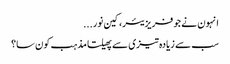
انہون نے جو فریزیئر، کین نور...
سب سے زیادہ تیزی سے پھیلتا مذہب کون سا؟